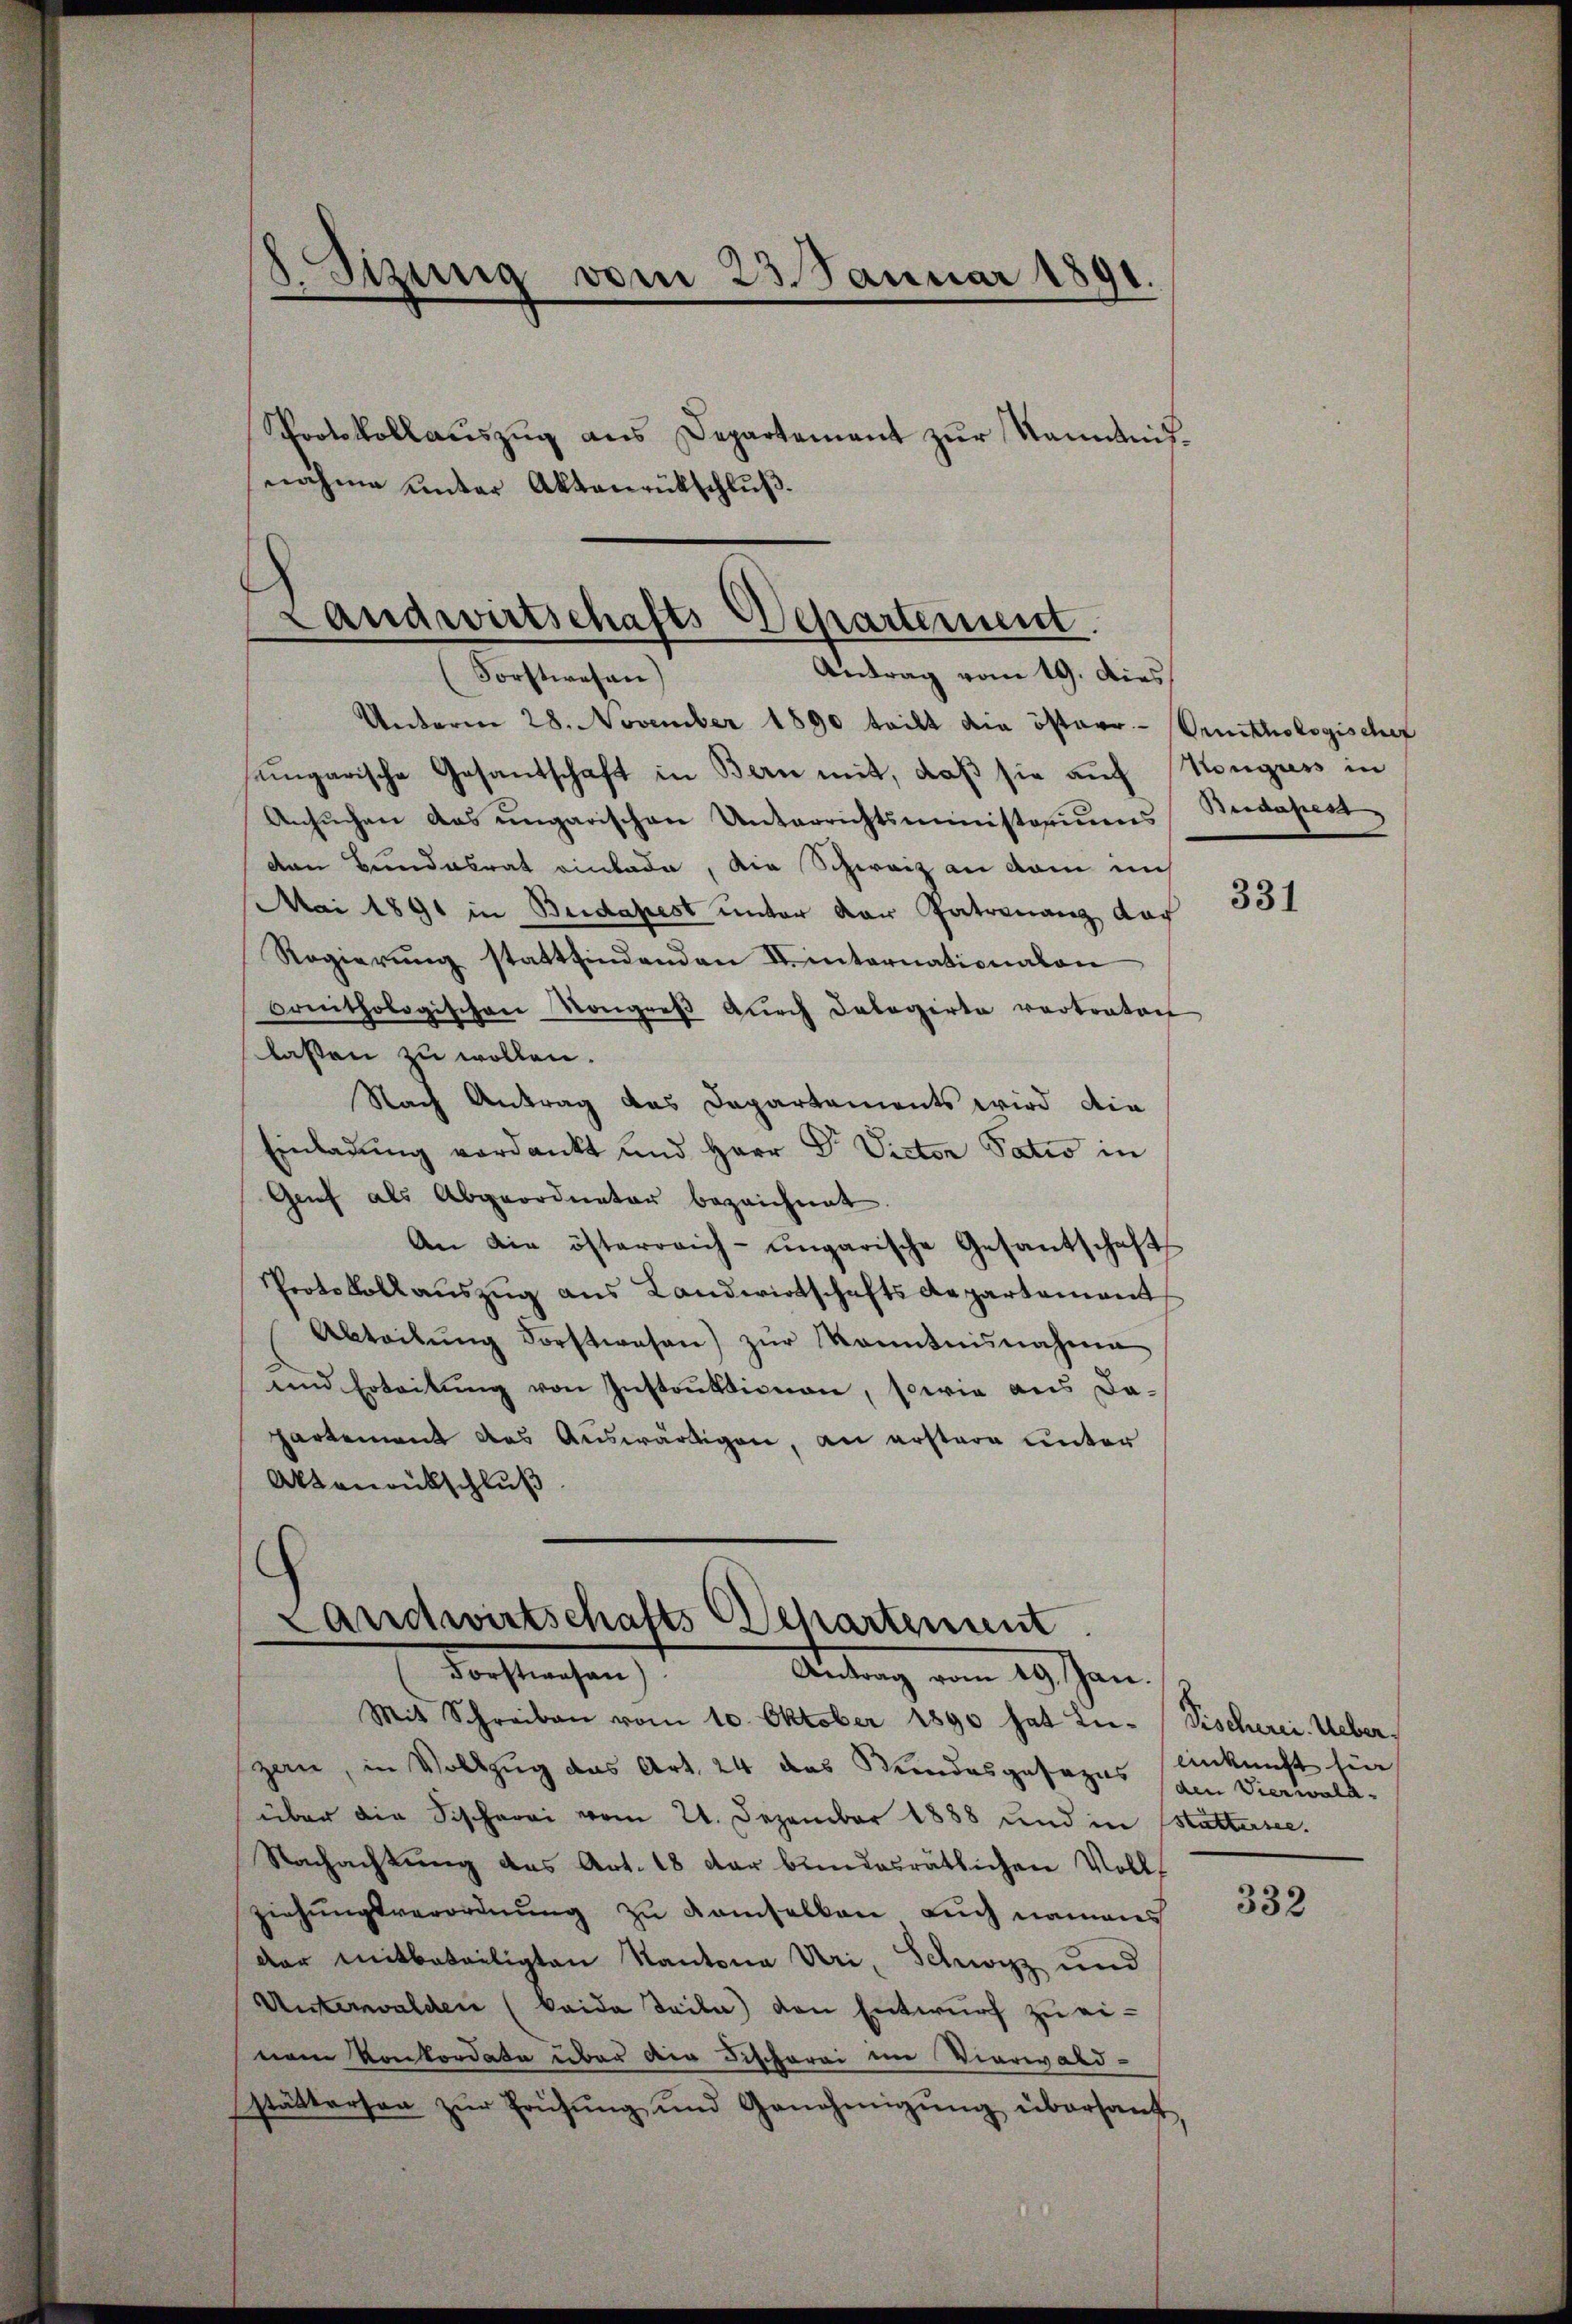
8. Sizung vom 23. Januar 1891.

Protokollaŭszŭg ans Departement zŭr Kenntnisnahme unter Aktenrückschluß.

Landwirtschafts-Departement
Antrag vom 19. dies
Forstwesen)

Unterm 28. November 1890 teilt die österr.- Smithologischef
ungarische Gesandschaft in Bern mit, daß sie auf Konguss in
Ansuchen das ungarischen Unterrichtsministeriums
den Bundesrat einlade, die Schweiz an dem auch
Mai 1891 in Budapest unter der Patronanz nach
Regierung stattfindenden Einternationalen
Conithologischen Kongreβ dŭrch Calagirte vortraten
lassen zu wollen.
Nach Antrag das Departements wird die
Einladung verdankt und Herr Dr. Victor Satio in
Genf als Abgeordneter bezeichnet
An die österreich-ungarische Gesantschafts
Protokoll aŭszŭg ans Landwirtschafts Repartement
Abteilŭng Forstwesen) zŭr Kenntnisnahme
und Erbeitŭng von Instrŭktionen, sowie aus da-
partement das Auswärtigen, an erstere unter
Aktenrückschluß

Landwirtschafts-Departement.
Forstwesen). Antrag vom 19. Jan.

Budapes

Mit Schreiben vom 10. Oktober 1890 hat Lie-Fischerei. Ueberzan, in Vollzug das Art. 24 das Stundesgesezes am Vierwald-
über die Fischerei vom 21. Dezember 1888 und in stattersee.
Nachachtung des Art. 18 der bundesrätlichen Volls
ziehungsverordnung zu demselben auch namens
der mitbeteiligten Kantona Uri, Schwyz und
Unterwalden (beide Teile) den Entwurf zu einem Konkordate über die Fischerei im Vierwald-
stättersen zŭr Prüfŭng und Genehmigŭng übersant,

331

einkunft fin

332